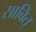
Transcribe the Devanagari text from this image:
साबित्